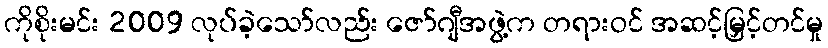
ကိုစိုးမင်း 2009 လုပ်ခဲ့သော်လည်း ဇော်ဂျီအဖွဲ့က တရားဝင် အဆင့်မြှင့်တင်မှု